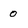
Character: 0